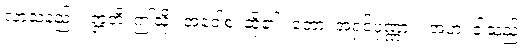
လာသနည်း။ ဣတိ၊ ဤသို့။ အဝေါစ၊ ဆို၏။ ဘော၊ အရှင်ပုဏ္ဏား။ အဟံ၊ ငါသည်။